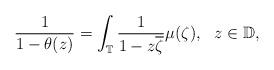
LaTeX: \begin{align*}\frac{1}{1-\theta(z)}=\int_{\mathbb T}\frac{1}{1-z\overline\zeta}\mu(\zeta), \ \ z\in\mathbb D,\end{align*}